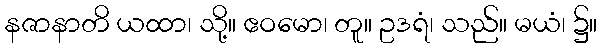
နဇာနာတိ ယထာ၊ သို့။ ဧဝမော၊ တူ။ ဥဒရံ၊ သည်။ မယံ၊ ၌။